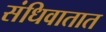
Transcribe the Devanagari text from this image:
संधिवातात